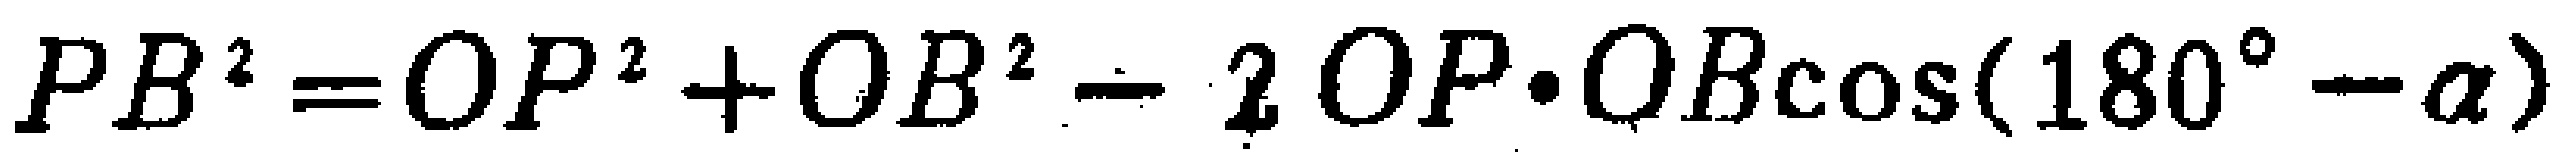
\(PB^{2}=OP^{2}+OB^{2}-2OP\cdot OB\cos(180^{\circ}-\alpha)\)